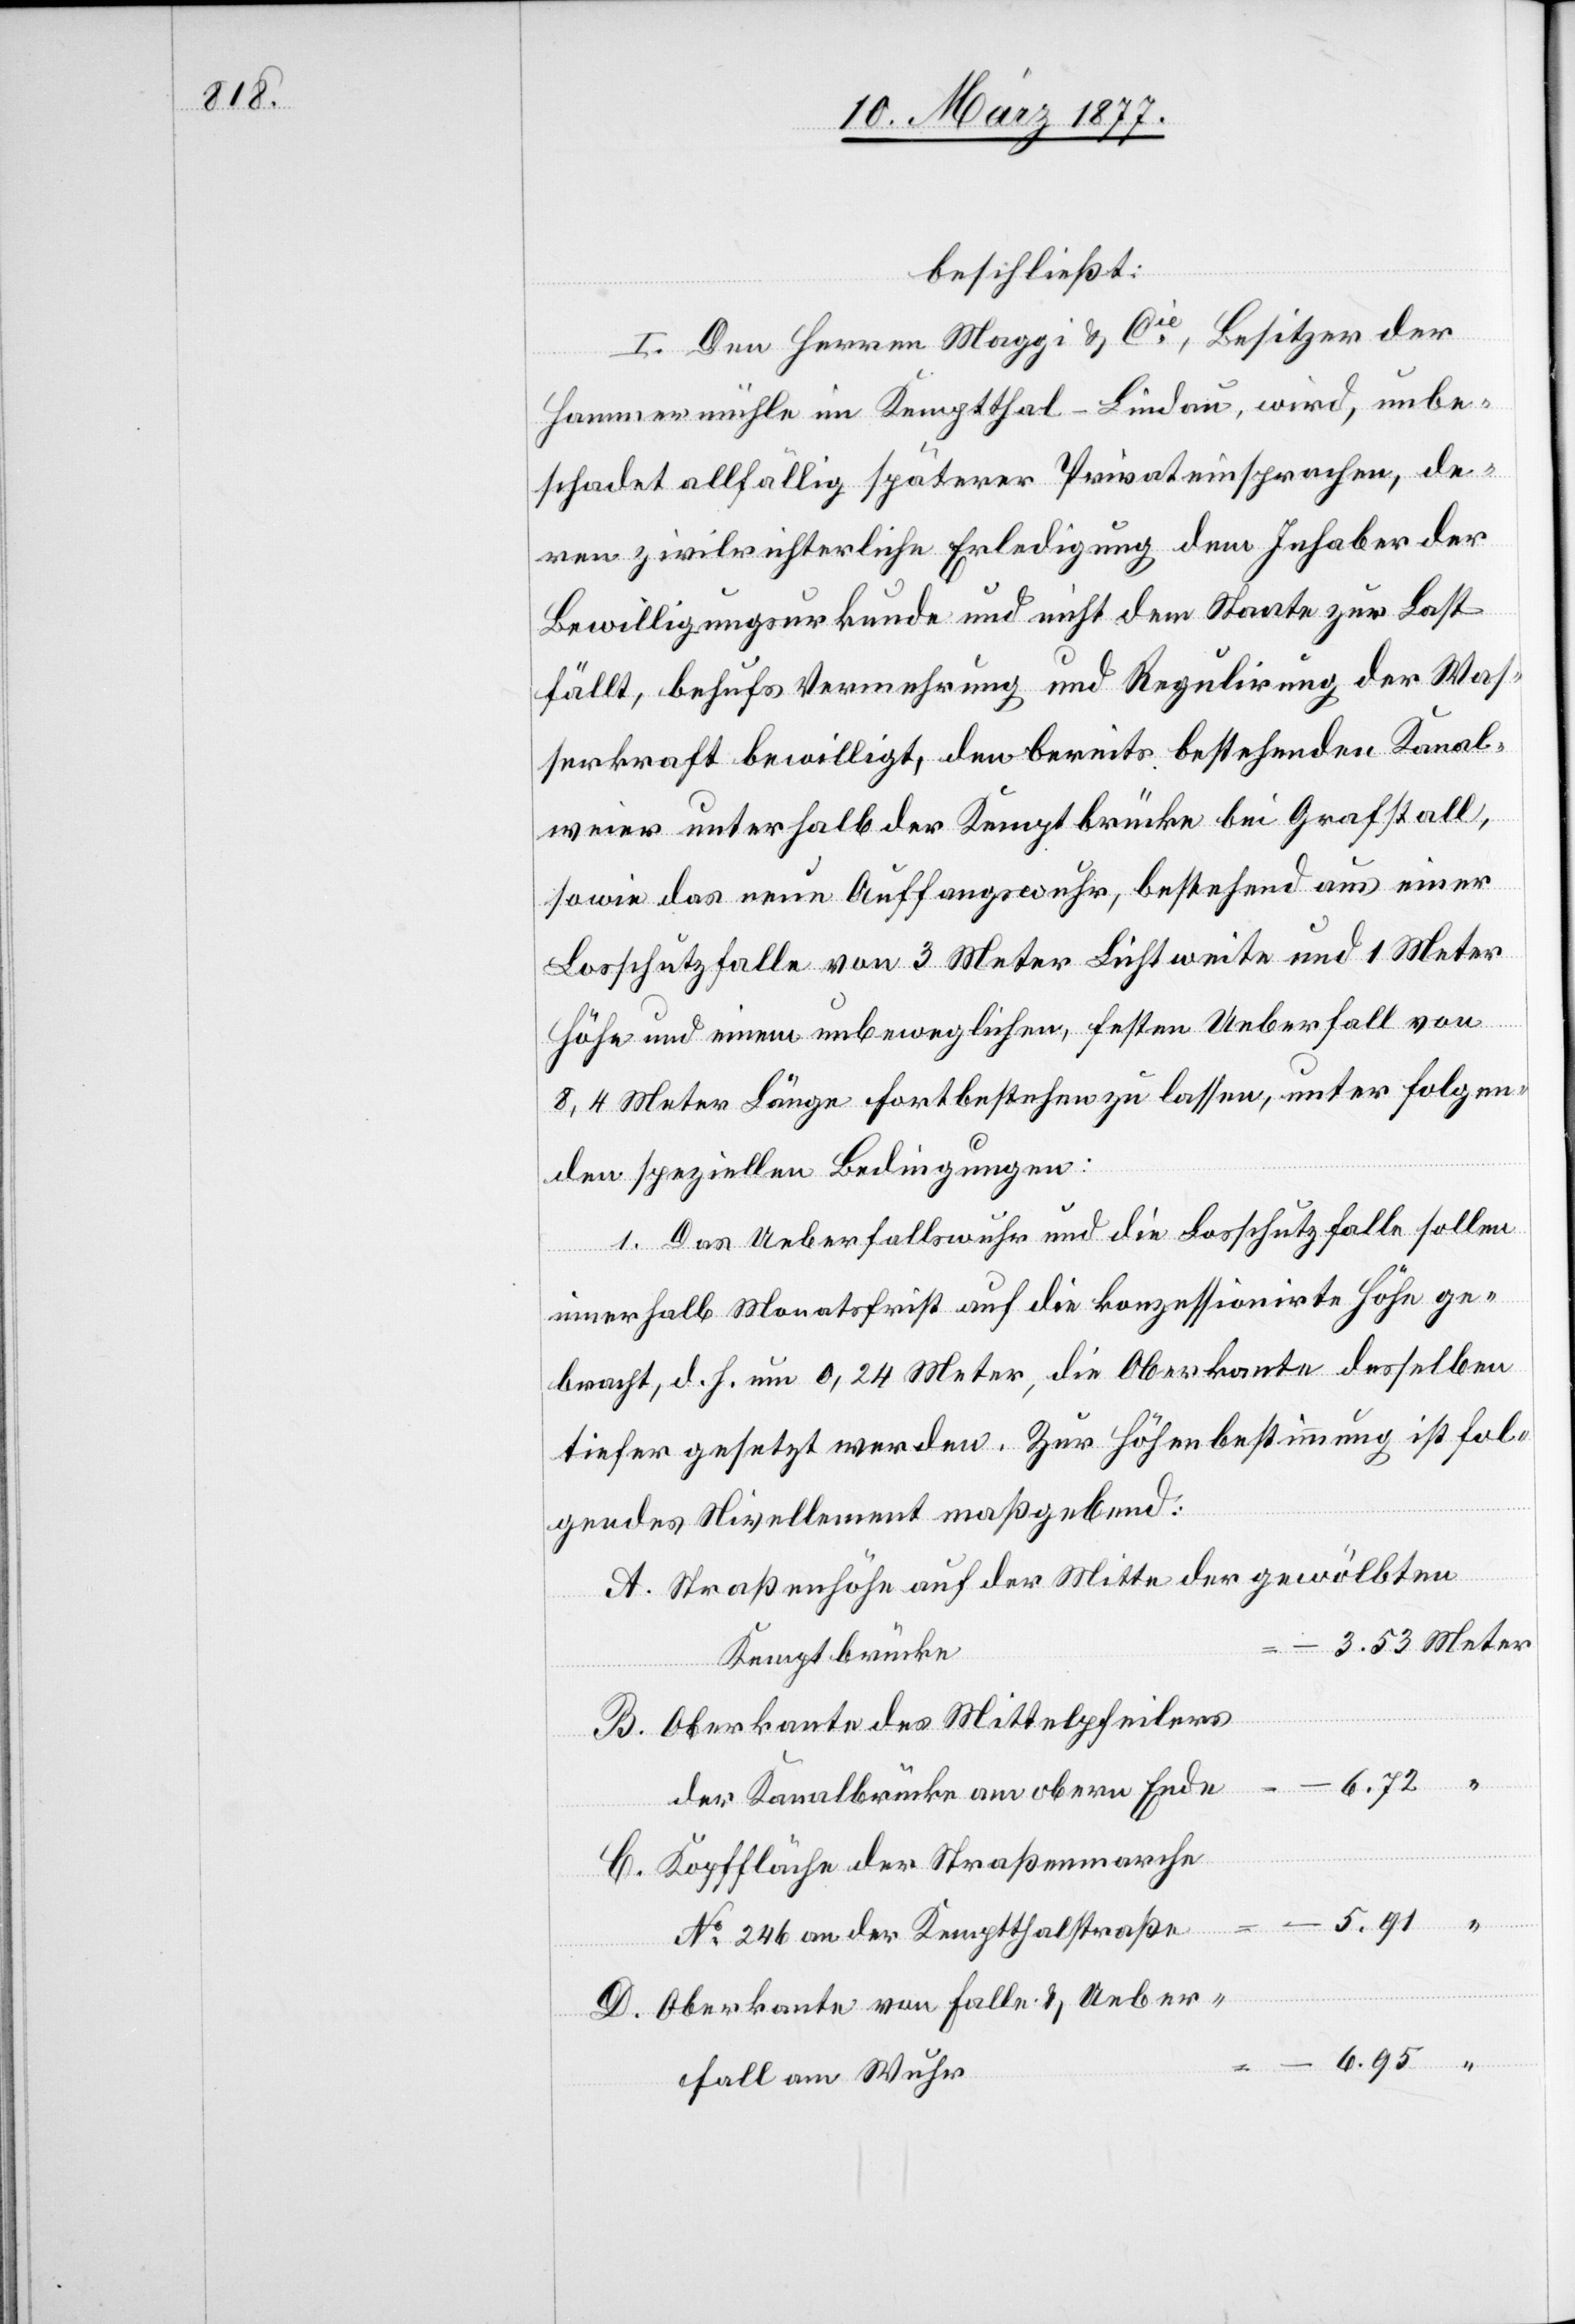
beschließt:
I. Den Herren Maggi & Cie, Besitzer der
Hammermühle im Kemptthal - Lindau, wird, unbe¬
schadet allfällig späterer Privateinsprachen, de¬
ren zivilrichterliche Erledigung dem Inhaber der
Bewilligungsurkunde und nicht dem Staate zur Last
fällt, behufs Vermehrung und Regulirung der Was¬
serkraft bewilligt, den bereits bestehenden Kanal¬
weier unterhalb der Kemptbrücke bei Grafstall,
sowie das neue Auffangswuhr, bestehend aus einer
Losschutzfalle von 3 Meter Lichtweite und 1 Meter
Höhe und einem unbeweglichen, festen Ueberfall von
8,4 Meter Länge fortbestehen zu lassen, unter folgen¬
den speziellen Bedingungen:
1. Das Ueberfallswuhr und die Losschutzfalle sollen
innerhalb Monatsfrist auf die konzessionirte Höhe ge¬
bracht, d. h. um 0,24 Meter, die Oberkante desselben
tiefer gesetzt werden. Zur Höhenbestimmung ist fol¬
gendes Nivellement maßgebend:
A. Straßenhöhe auf der Mitte der gewölbten
Kemptbrücke
B. Oberkante des Mittelpfeilers
der Kanalbrücke am obern Ende
C. Kopffläche der Straßenmarche
No 246 an der Kemptthalstraße
D. Oberkante von Falle & Ueber¬
fall am Wuhr